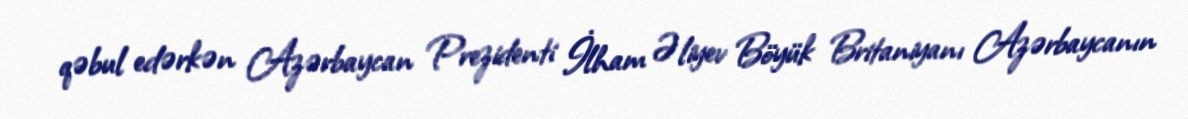
qəbul edərkən Azərbaycan Prezidenti İlham Əliyev Böyük Britaniyanı Azərbaycanın